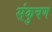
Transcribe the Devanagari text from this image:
संकुचण